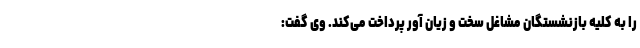
را به کلیه بازنشستگان مشاغل سخت و زیان آور پرداخت می‌کند. وی گفت: